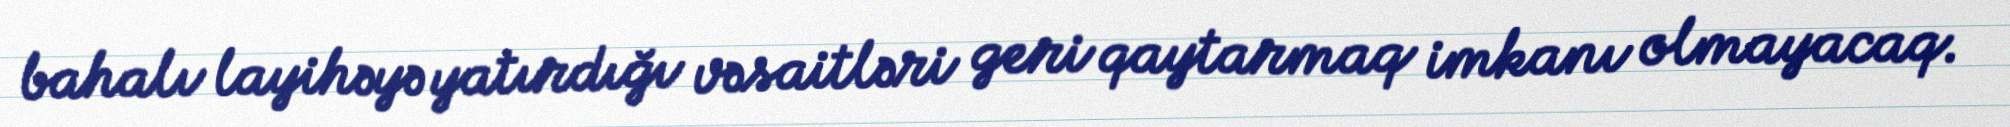
bahalı layihəyə yatırdığı vəsaitləri geri qaytarmaq imkanı olmayacaq.